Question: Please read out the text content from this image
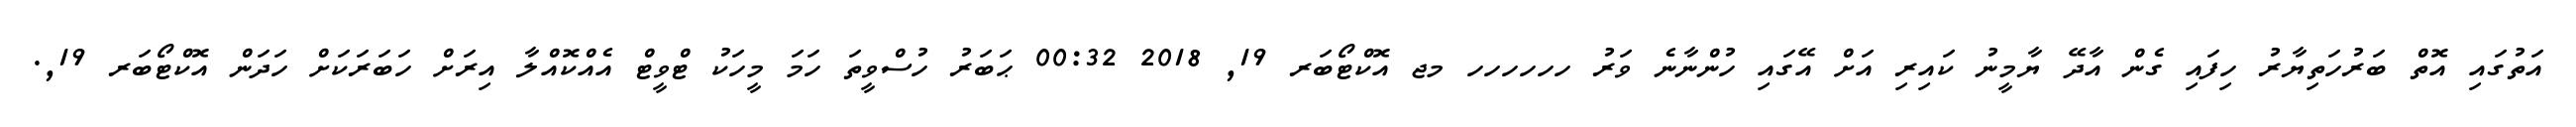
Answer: އަތުގައި އޮތް ބަރުހަތިޔާރު ހިފައި ގެން އާދޭ ޔާމީނު ކައިރި އަށް އޭގައި ހުންނާނެ ވަރު ހހހހހހ މޖ އޮކްޓޯބަރ 19, 2018 00:32 ޙަބަރު ހުސްވީތަ ހަމަ މީހަކު ޓްވީޓް އެއްކޮއްލާ އިރަށް ހަބަރަކަށް ހަދަން އޮކްޓޯބަރ 19,.